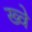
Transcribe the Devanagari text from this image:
ख्वे